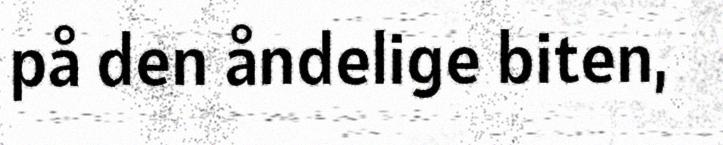
på den åndelige biten,